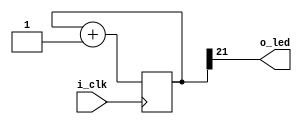
module counter (
    input i_clk, 
    output o_led
);

    assign o_led = counter[21];

    reg [32:0] counter = 0;

    always @(posedge i_clk)
        counter <= counter + 1;

endmodule